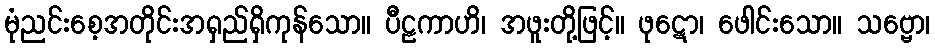
မုံညင်းစေ့အတိုင်းအရှည်ရှိကုန်သော။ ပီဠကာဟိ၊ အဖူးတို့ဖြင့်။ ဖုဋော၊ ဖေါင်းသော။ သဗ္ဗော၊